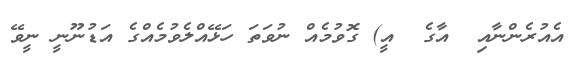
އެއުރެންނާއި  އާގެ  އީ) ގޮވުމެއް ނުވަތަ ހަޅޭއްލެވުމެއްގެ އަޑުނޫނީ ނީވޭ